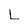
Character: L